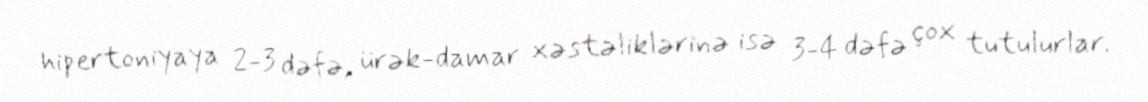
hipertoniyaya 2-3 dəfə, ürək-damar xəstəliklərinə isə 3-4 dəfə çox tutulurlar.